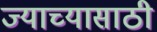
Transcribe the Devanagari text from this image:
ज्याच्यासाठी